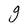
Character: g